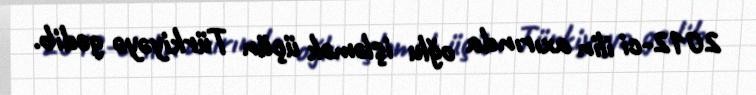
2012-ci ilin axırında oğlu işləmək üçün Türkiyəyə gedib.